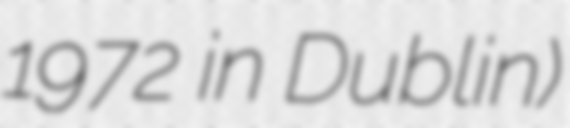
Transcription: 1972 in Dublin)